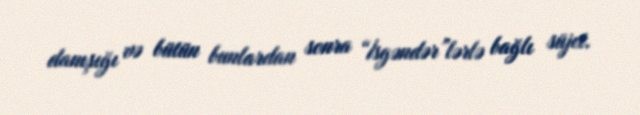
danışığı və bütün bunlardan sonra “İsgəndər”lərlə bağlı süjet.